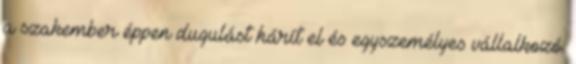
a szakember éppen dugulást hárít el és egyszemélyes vállalkozó.